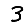
Digit: 3